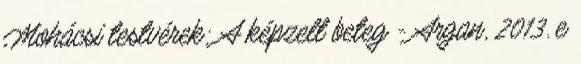
Mohácsi testvérek: A képzelt beteg - Argan, 2013. e